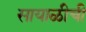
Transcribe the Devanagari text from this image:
सायाळीची